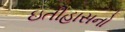
ઇતીહાસનો